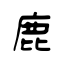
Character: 鹿